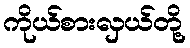
ကိုယ်စားလှယ်တို့